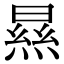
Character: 㬎